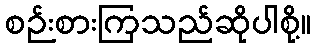
စဉ်းစားကြသည်ဆိုပါစို့။